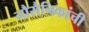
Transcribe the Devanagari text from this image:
नौसैनिकांची